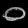
Digit: ၀